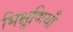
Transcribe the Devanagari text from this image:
भिक्षुणियाँ